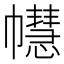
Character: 𢅫